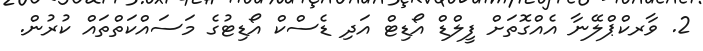
2. ވާރކްޕްލޭނާ އެއްގޮތަށް ފީލްޑް އޯޑިޓް އަދި ޑެސްކް އޯޑިޓުގެ މަސައްކަތްތައް ކުރުން.